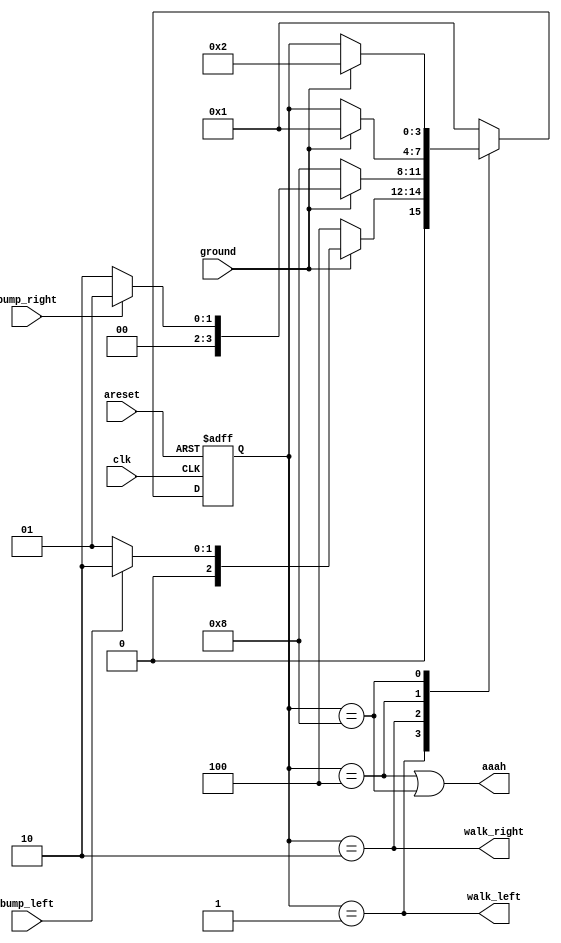
module top_module(
    input clk,
    input areset,    // Freshly brainwashed Lemmings walk left.
    input bump_left,
    input bump_right,
    input ground,
    output walk_left,
    output walk_right,
    output aaah ); 
    
    parameter LEFT=4'b0001,RIGHT=4'b0010,LEFT_FALL=4'b0100,RIGHT_FALL=4'b1000;
    reg [3:0] state,next_state;
    
    always @(*) begin
        case(state)
            LEFT: 
                if(ground)   next_state <= bump_left?RIGHT:LEFT;
                else         next_state <= LEFT_FALL;
            RIGHT:
                if(ground)   next_state <= bump_right?LEFT:RIGHT;
                else         next_state <= RIGHT_FALL;
            LEFT_FALL:
                if(ground)   next_state <= LEFT;
                else         next_state <= state;
            RIGHT_FALL:
                if(ground)   next_state <= RIGHT;
                else         next_state <= state;
            default:         next_state <= LEFT;
        endcase
    end
        
        always @(posedge clk or posedge areset) begin
            if(areset)   state<=LEFT;
            else         state<=next_state;
        end
        
        assign walk_left  = (state==LEFT);
        assign walk_right = (state==RIGHT);
        assign aaah       = (state==LEFT_FALL |state==RIGHT_FALL);

endmodule